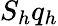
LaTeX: S_{h}q_{h}